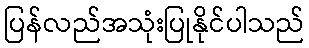
ပြန်လည်အသုံးပြုနိုင်ပါသည်